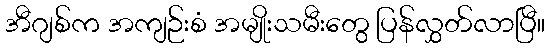
အီဂျစ်က အကျဉ်းစံ အမျိုးသမီးတွေ ပြန်လွှတ်လာပြီ။